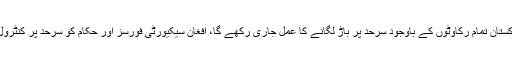
آئی ایس پی آر کا کہنا ہے کہ پاکستان تمام رکاوٹوں کے باوجود سرحد پر باڑ لگانے کا عمل جاری رکھے گا، افغان سیکیورٹی فورسز اور حکام کو سرحد پر کنٹرول مؤثر بنانے کی ضرورت ہے۔